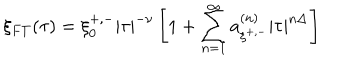
LaTeX: \xi _ { F T } ( \tau ) = \xi _ { 0 } ^ { + , - } \left| \tau \right| ^ { - \nu } \left[ 1 + \sum _ { n = 1 } ^ { \infty } a _ { \xi ^ { + , - } } ^ { \left( n \right) } \left| \tau \right| ^ { n \Delta } \right]